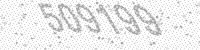
Solution: 509199